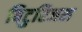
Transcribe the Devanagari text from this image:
बिटुरिजस